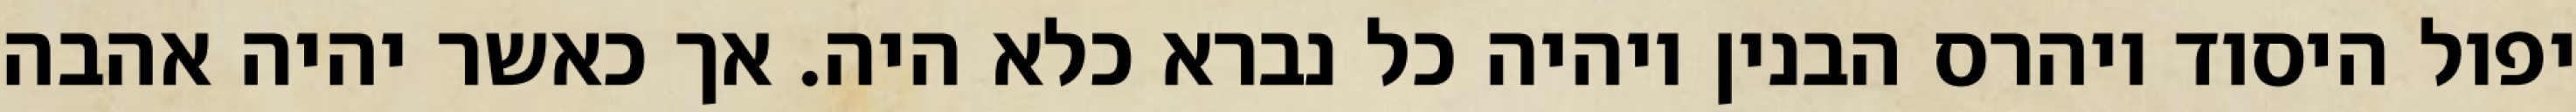
יפול היסוד ויהרס הבנין ויהיה כל נברא כלא היה. אך כאשר יהיה אהבה